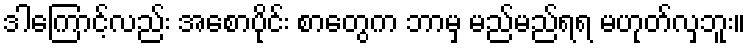
ဒါကြောင့်လည်း အစောပိုင်း စာတွေက ဘာမှ မည်မည်ရရ မဟုတ်လှဘူး။